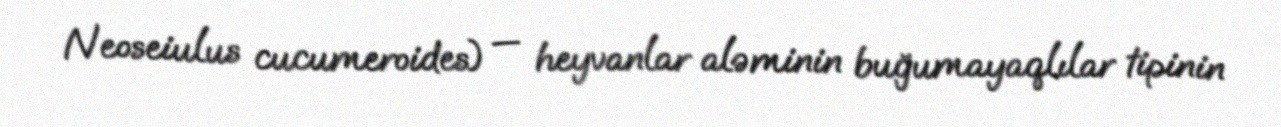
Neoseiulus cucumeroides) — heyvanlar aləminin buğumayaqlılar tipinin